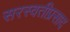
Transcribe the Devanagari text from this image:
सरस्वतीप्रसाद